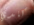
كندي